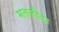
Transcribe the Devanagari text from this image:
मतलौडा